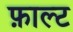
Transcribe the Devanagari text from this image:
फ़ाल्ट